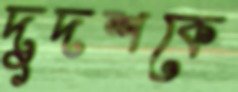
দুদশকে